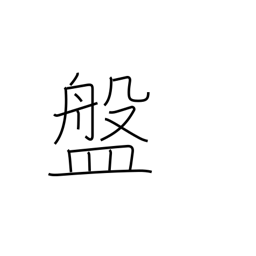
Meaning: shallow bowl